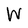
Character: W